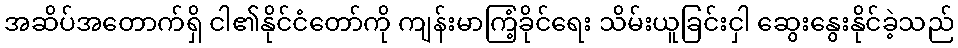
အဆိပ်အတောက်ရှိ ငါ၏နိုင်ငံတော်ကို ကျန်းမာကြံ့ခိုင်ရေး သိမ်းယူခြင်းငှါ ဆွေးနွေးနိုင်ခဲ့သည်